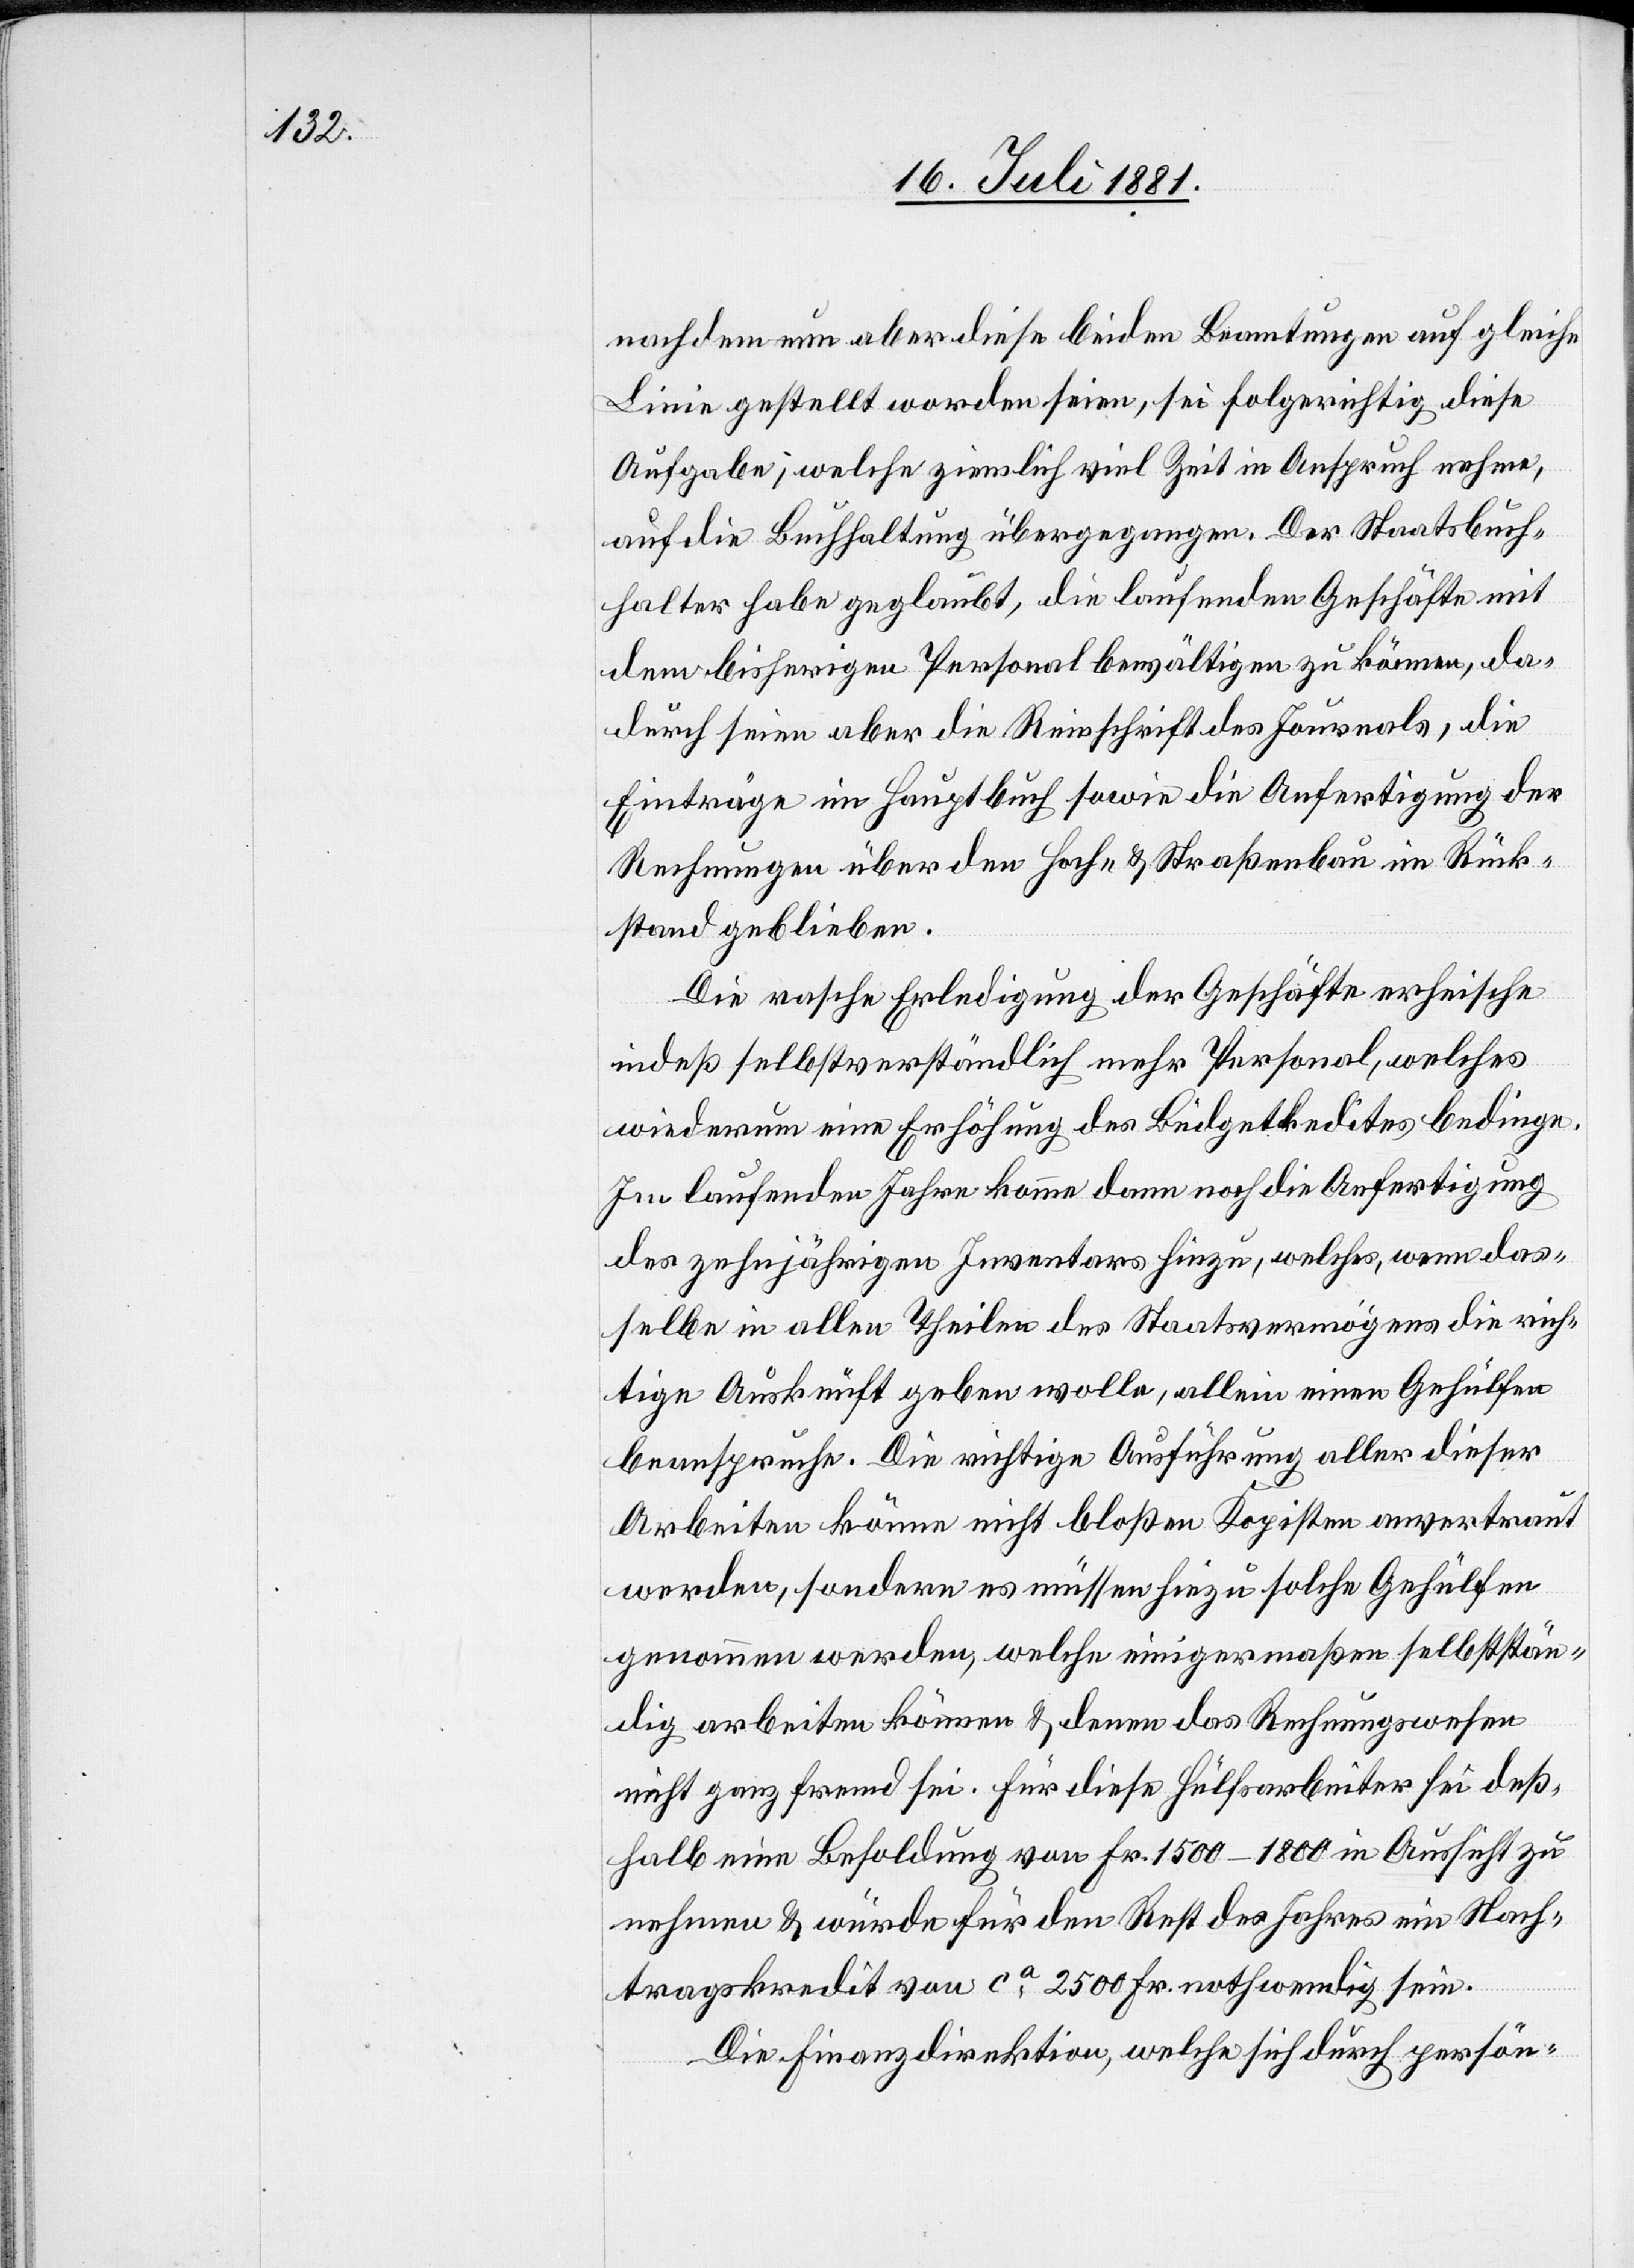
nachdem nun aber diese beiden Beamtungen auf gleiche
Linie gestellt worden seien, sei folgerichtig diese
Aufgabe, welche ziemlich viel Zeit in Anspruch nehme,
auf die Buchhaltung übergegangen. Der Staatsbuch¬
halter habe geglaubt, die laufenden Geschäfte mit
dem bisherigen Personal bewältigen zu können, da¬
durch seien aber die Reinschrift des Journals, die
Einträge im Hauptbuch sowie die Anfertigung der
Rechnungen über den Hoch- & Straßenbau in Rück¬
stand geblieben.
Die rasche Erledigung der Geschäfte erheische
indeß selbstverständlich mehr Personal, welches
wiederum eine Erhöhung des Budgetk[r]edites bedinge.
Im laufenden Jahre komme dann noch die Anfertigung
des zehnjährigen Inventars hinzu, welches, wenn das¬
selbe in allen Theilen des Staatsvermögens die rich¬
tige Auskunft geben wolle, allein einen Gehülfen
beanspruche. Die richtige Ausführung aller dieser
Arbeiten könne nicht bloßen Kopisten anvertraut
werden, sondern es müssen hiezu solche Gehülfen
genommen werden, welche einigermaßen selbststän¬
dig arbeiten können & denen das Rechnungswesen
nicht ganz fremd sei. Für diese Hülfsarbeiter sei deß¬
halb eine Besoldung von Fr. 1500–1800 in Aussicht zu
nehmen & würde für den Rest des Jahres ein Nach¬
tragskredit von ca 2500 Fr. nothwendig sein.
Die Finanzdirektion, welche sich durch persön-